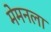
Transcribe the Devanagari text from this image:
मेमनला